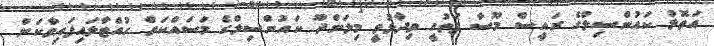
އަތޮޅު ކައުންސިލްގެ ރައީސް މޫސާ ފަތުހީ ވިދާޅުވީ މިލަންދޫ ކައުންސިލްގެ މަސައްކަތް ހުއްޓާލައިފައިވާކަން